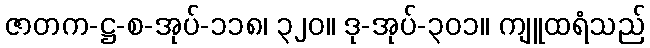
ဇာတက-ဋ္ဌ-စ-အုပ်-၁၁၈၊ ၃၂၀။ ဒု-အုပ်-၃၀၁။ ကျူထရံသည်